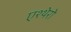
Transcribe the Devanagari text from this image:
एश्थेरो